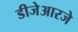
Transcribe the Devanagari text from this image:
डीजेआरजे